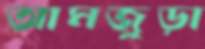
আমজুড়া